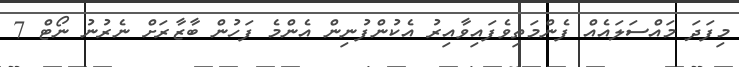
މިފަދަ މައްސަލައެއް ފެންމަތިވެފައިވާއިރު އެކުންފުނިން އެންމެ ފަހުން ބާޒާރަށް ނެރުނު ނޯޓް 7